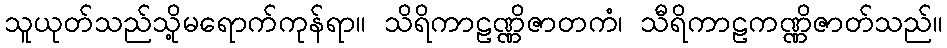
သူယုတ်သည်သို့မရောက်ကုန်ရာ။ သိရိကာဠဏ္ဏိဇာတကံ၊ သီရိကာဠကဏ္ဏိဇာတ်သည်။